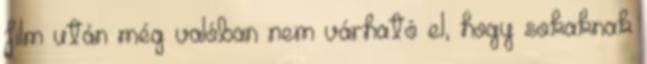
film után még valóban nem várható el, hogy sokaknak